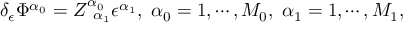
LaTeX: \delta _ { \epsilon } \Phi ^ { \alpha _ { 0 } } = Z _ { \; \; \alpha _ { 1 } } ^ { \alpha _ { 0 } } \epsilon ^ { \alpha _ { 1 } } , \; \alpha _ { 0 } = 1 , \cdots , M _ { 0 } , \; \alpha _ { 1 } = 1 , \cdots , M _ { 1 } ,